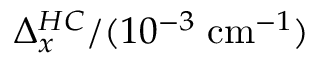
\Delta _ { x } ^ { H C } / ( 1 0 ^ { - 3 } \; \mathrm { c m } ^ { - 1 } )